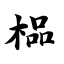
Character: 榀